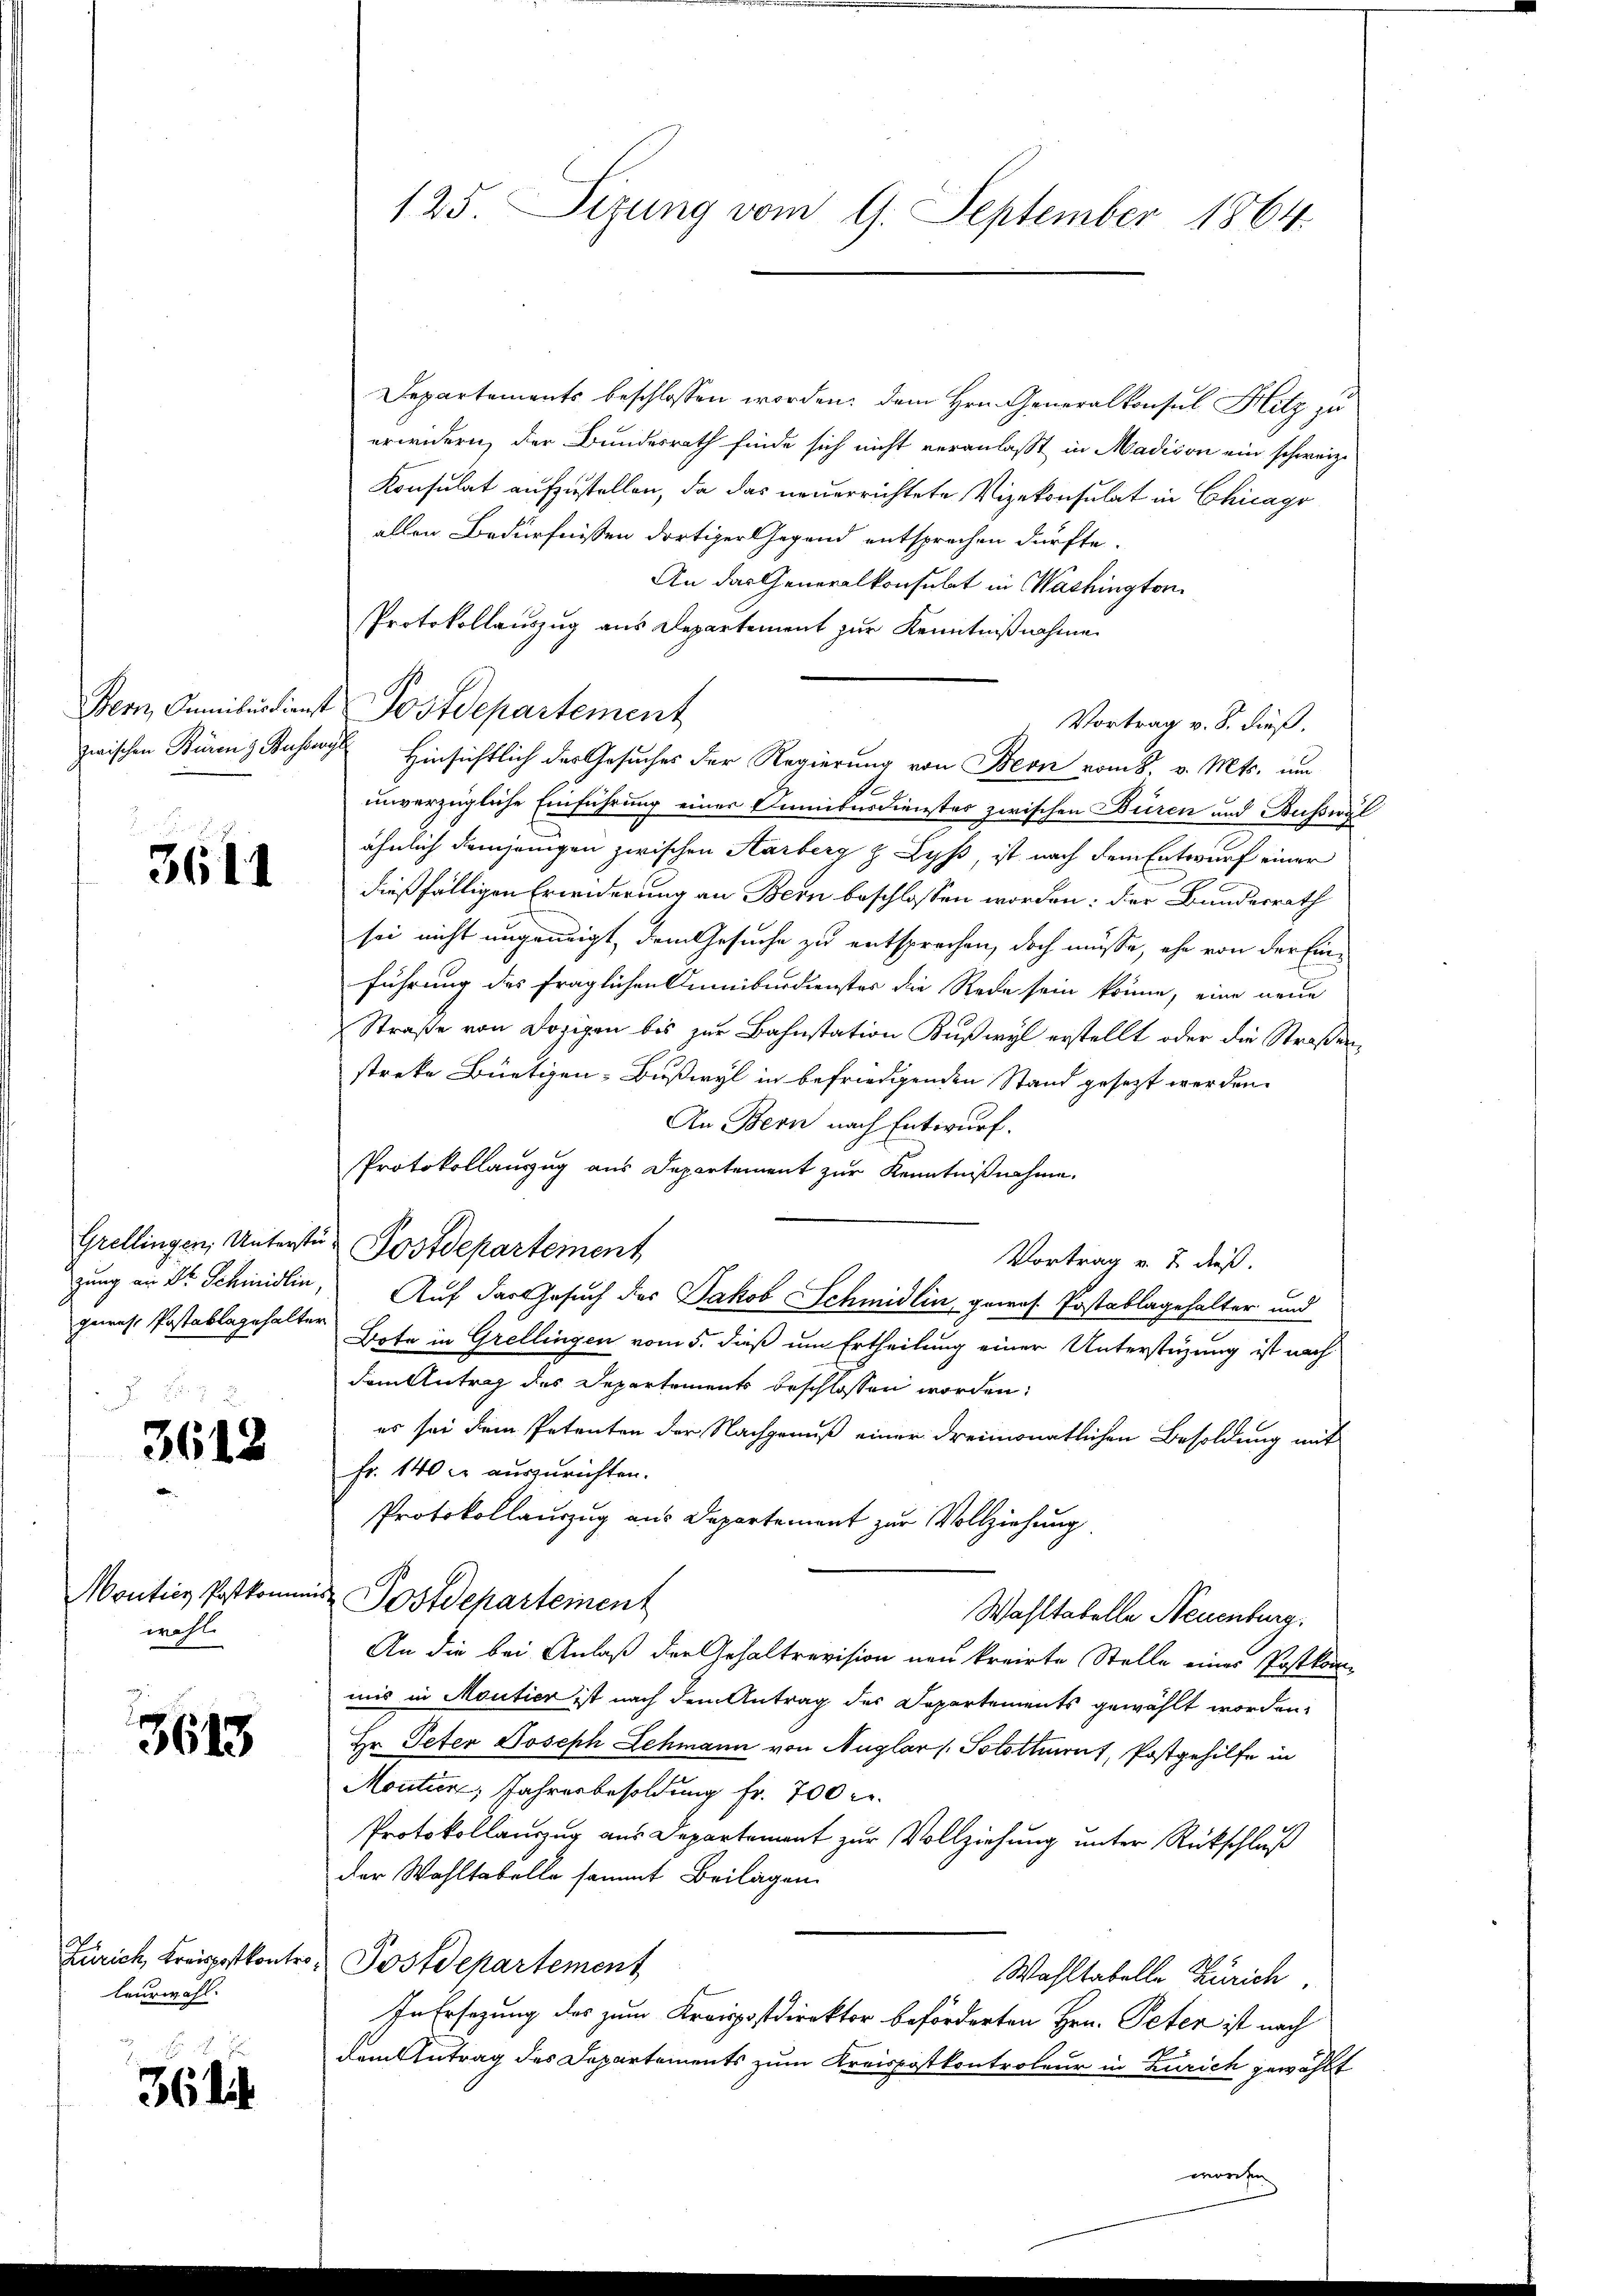
3611

geres Postablagehalter

3612

wahl

3613

Leurwahl.

36 lit.

Departements beschlossen worden; dem Hrn. Generalkonsul Hitz zu
erwidern, der Bundesrath finde sich nicht veranlaßt in Madicon ein schweiz.
Konsulat aufzustellen, da das neuerrichtete Vizekonsulat in Chicago
allen Bedürfnissen dortiger Gegend entsprechen dürfte.
An das Generalkonsulat in Washington
Protokollauszug aus Departement zur Kenntnißnahme
Bern, Anmibärdienst Postdepartement
Vortrag v. 8. dieß.
zwischen Bürens Busses Hinsichtlich des Gesuches der Regierung von Bern vom 8. v. Mts. um
unverzügliche Einführung einer Kunibusdienstes zwischen Büren und Busswel
ähnlich demjenigen zwischen Aarberg & Lyß, ist nach dem Entwurf einer
dießfälligen Erwiderung an Bern beschlossen worden: der Bundesrath
sei nicht ungeneigt, dem Gesuche zu entsprechen, doch müsse, ehe von der Einführung des fraglichen Cumiburdienster die Rede sein könne, eine neue
Straße von Dozigen bis zur Bahnstation Kußwyl erstellt oder die Straßenstreke Bürtigen- Bußwyl in befriedigenden Stand gesezt werden.
An Bern nach Entwurf.
Protokollauszug aus Departement zur Kenntnißnahme.
Grellingen, Unterste Postdepartement
Vortrag v. 7. dieß.
zung an Dr. Schmidlin, Auf der Gesuch des Jakob Schmidlin, gewes Postablagehalter und
Bote in Grellingen vom 5. dieß um Ertheilung einer Unterstüzung ist nach
dem Antrag des Departements beschlossen worden,
es sei dem Petenten der Nachgenuß einer dreimonatlichen Besoldung mit
Fr. 140 f auszurichten.
Protokollauszug aus Departement zur Vollziehung
Monties Postkommis Postdepartement
Wahltabelle Neuenburg.
An die bei Anlaß der Gehaltrevision neu kreirte Stelle eines Postkommis in Moutier ist nach dem Antrag des Departements gewählt worden,
Hr. Peter Joseph Lehmann von Nuglar ( Sototturnt, Postgehilfe in
Moutier, Jahresbesoldung fr. 700 c.
Protokollauszug aus Departement zur Vollziehung unter Rückschluß
der Wahltabelle sammt Beilagen
Zürich, Kreispostkontro Postdepartement
Wahltabelle Zürich,
In Ersezung des zum Kreispostdirektor beförderten Hrn. Peten ist nach
dem Antrag des Departements zum Kreispostkontroleur in Zürich gewählt
worden

125. Sizung vom 9. September 1864.